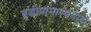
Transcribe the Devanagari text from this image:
बुद्धीप्रामाण्यवाद